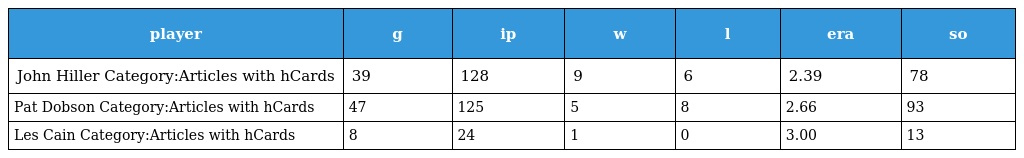
| player | g | ip | w | l | era | so |
 | --- | --- | --- | --- | --- | --- | --- |
 | John Hiller Category:Articles with hCards | 39 | 128 | 9 | 6 | 2.39 | 78 |
 | Pat Dobson Category:Articles with hCards | 47 | 125 | 5 | 8 | 2.66 | 93 |
 | Les Cain Category:Articles with hCards | 8 | 24 | 1 | 0 | 3.00 | 13 |